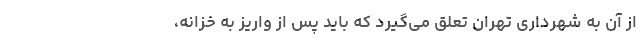
از آن به شهرداری تهران تعلق می‌گیرد که باید پس از واریز به خزانه،